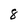
Character: 8